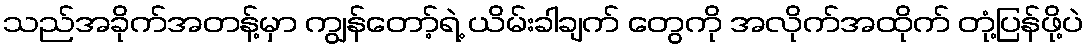
သည်အခိုက်အတန့်မှာ ကျွန်တော့်ရဲ့ ယိမ်းခါချက် တွေကို အလိုက်အထိုက် တုံ့ပြန်ဖို့ပဲ